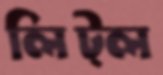
লিট্ল